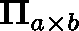
\mathbf { \Pi } _ { a \times b }